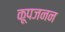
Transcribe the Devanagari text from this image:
कूपजनन